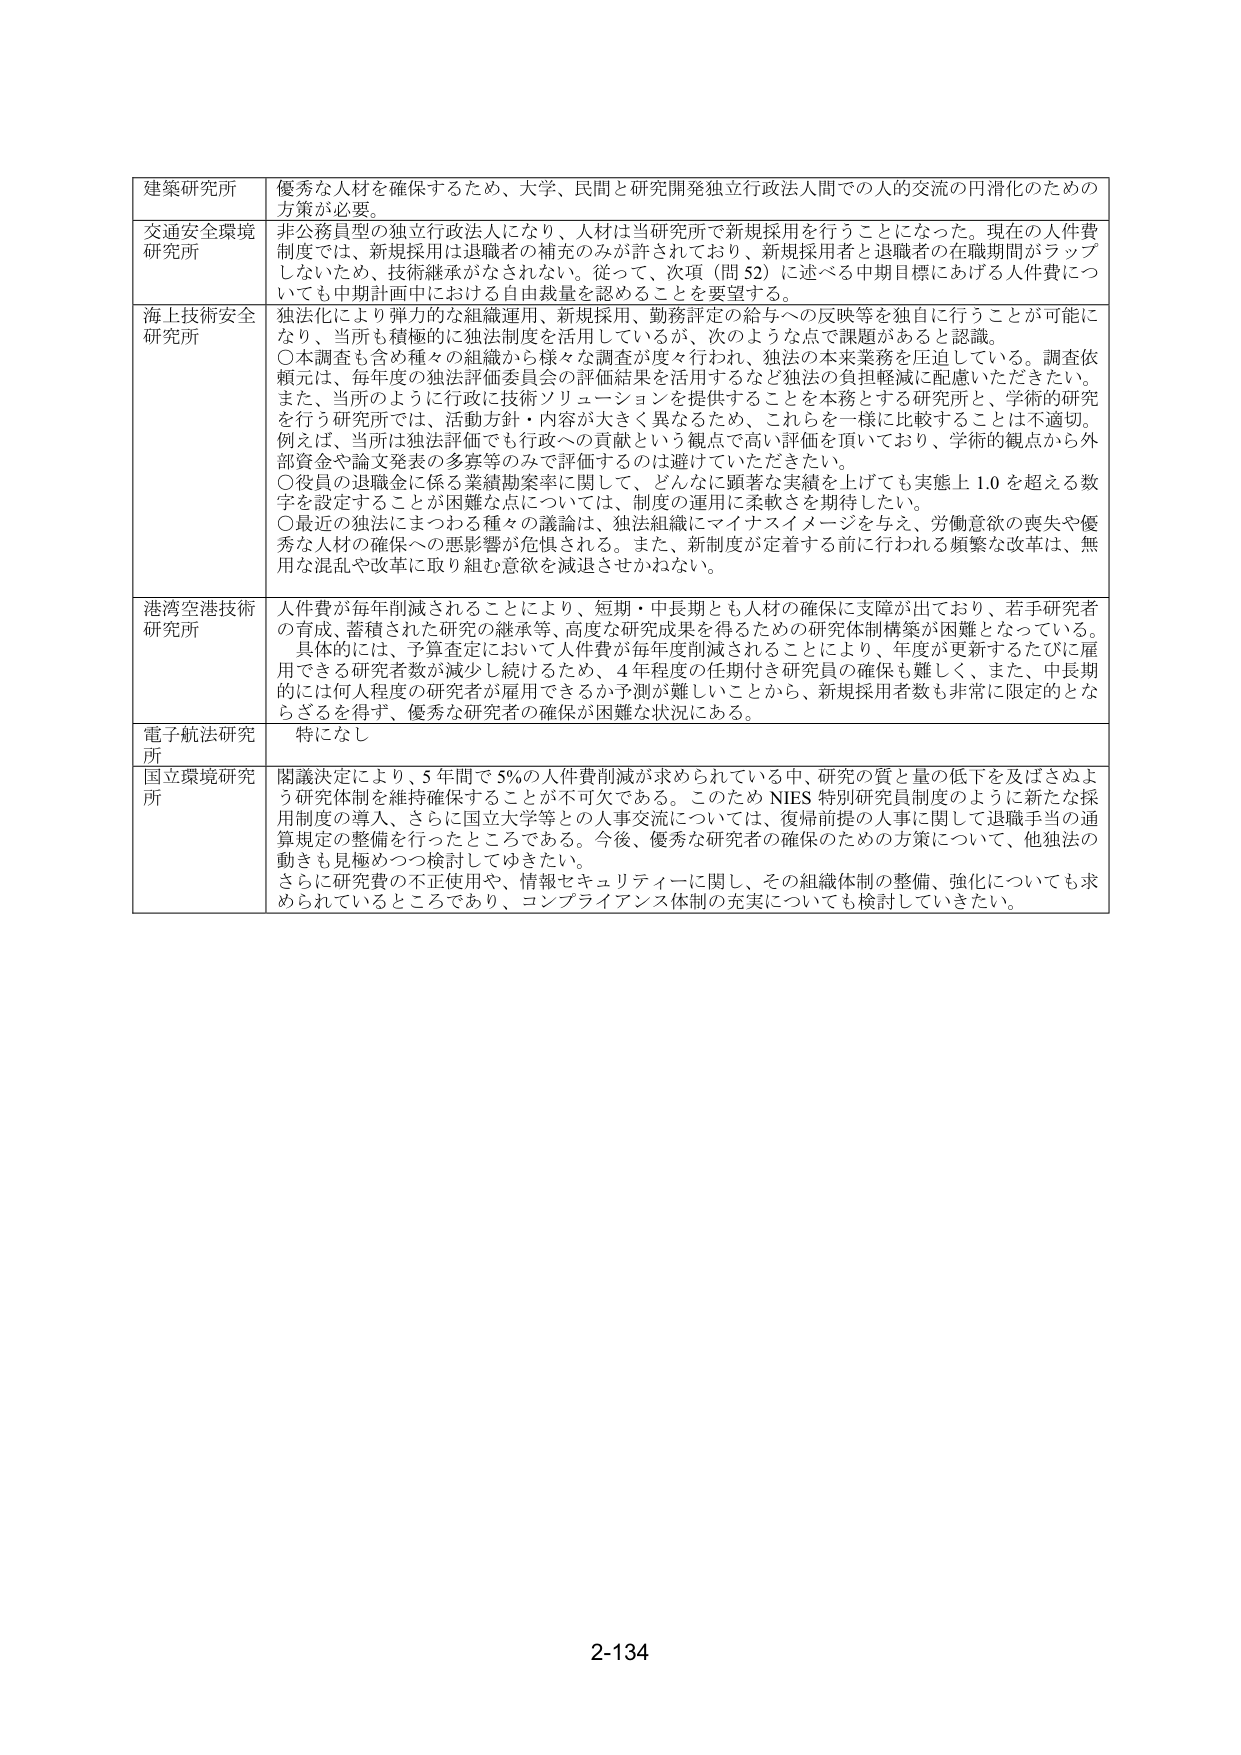
建築研究所　優秀な人材を確保するため、大学、民間と研究開発独立行政法人間での人的交流の円滑化のための方策が必要。

交通安全環境研究所　非公務員型の独立行政法人になり、人材は当研究所で新規採用を行うことになった。現在の人件費制度では、新規採用は退職者の補充のみが許されており、新規採用者と退職者の在職期間がラップしないため、技術継承がなされない。従って、次項（問52）に述べる中期目標にあげる人件費についても中期計画中における自由裁量を認めることを要望する。

海上技術安全研究所　独法化により弾力的な組織運用、新規採用、勤務評定の給与への反映等を独自に行うことが可能になり、当所も積極的に独法制度を活用しているが、次のような点で課題があると認識。
○本調査も含め種々の組織から様々な調査が度々行われ、独法の本来業務を圧迫している。調査依頼元は、毎年度の独法評価委員会の評価結果を活用するなど独法の負担軽減に配慮いただきたい。
また、当所のように行政に技術ソリューションを提供することを本務とする研究所と、学術的研究を行う研究所では、活動方針・内容が大きく異なるため、これらを一様に比較することは不適切。例えば、当所は独法評価でも行政への貢献という観点で高い評価を頂いており、学術的観点から外部資金や論文発表の多寡等のみで評価するのは避けていただきたい。
○役員の退職金に係る業績勘案率に関して、どんなに顕著な実績を上げても実態上1.0を超える数字を設定することが困難な点については、制度の運用に柔軟さを期待したい。
○最近の独法にまつわる種々の議論は、独法組織にマイナスイメージを与え、労働意欲の喪失や優秀な人材の確保への悪影響が危惧される。また、新制度が定着する前に行われる頻繁な改革は、無用な混乱や改革に取り組む意欲を減退させかねない。

港湾空港技術研究所　人件費が毎年削減されることにより、短期・中長期とも人材の確保に支障が出ており、若手研究者の育成、蓄積された研究の継承等、高度な研究成果を得るための研究体制構築が困難となっている。具体的には、予算査定において人件費が毎年度削減されることにより、年度が更新するたびに雇用できる研究者数が減少し続けるため、4年程度の任期付き研究員の確保も難しく、また、中長期的には何人程度の研究者が雇用できるか予測が難しいことから、新規採用者数も非常に限定的とならざるを得ず、優秀な研究者の確保が困難な状況にある。

電子航法研究所　特になし

国立環境研究所　閣議決定により、5年間で5％の人件費削減が求められている中、研究の質と量の低下を及ぼさぬよう研究体制を維持確保することが不可欠である。このためNIES特別研究員制度のように新たな採用制度の導入、さらに国立大学等との人事交流については、復帰前提の人事に関して退職手当の通算規定の整備を行ったところである。今後、優秀な研究者の確保のための方策について、他独法の動きも見極めつつ検討してゆきたい。さらに研究費の不正使用や、情報セキュリティに関して、その組織体制の整備、強化についても求められているところであり、コンプライアンス体制の充実についても検討していきたい。

2-134